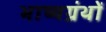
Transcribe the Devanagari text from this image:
भाष्यग्रंथों